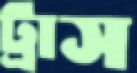
ট্রাস